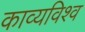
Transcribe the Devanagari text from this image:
काव्यविश्व